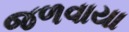
જળવાયા